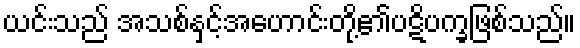
ယင်းသည် အသစ်နှင့်အဟောင်းတို့၏ပဋိပက္ခဖြစ်သည်။